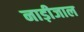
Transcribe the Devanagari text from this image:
नाड़ीजाल